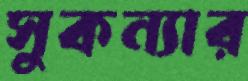
সুকন্যার